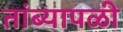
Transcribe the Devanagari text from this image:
तांब्यापळी